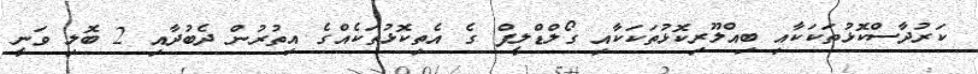
ކަރުދާސްކޮޅުތަކަކާއި ބިއްލޫރިކޮޅުތަކަކާއި ގޯލްޑްލީފް ގެ އެތިކޮޅުތަކެއްގެ އިތުރުން ދެބުދާއި 2 ބޮލި ވަނީ